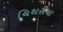
ચિથરીયા